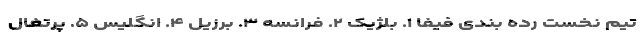
تیم نخست رده بندی فیفا ۱. بلژیک ۲. فرانسه ۳. برزیل ۴. انگلیس ۵. پرتغال